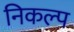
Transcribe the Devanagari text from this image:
निकल्प